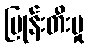
ပြုန်းတီးမှု